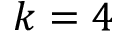
k = 4